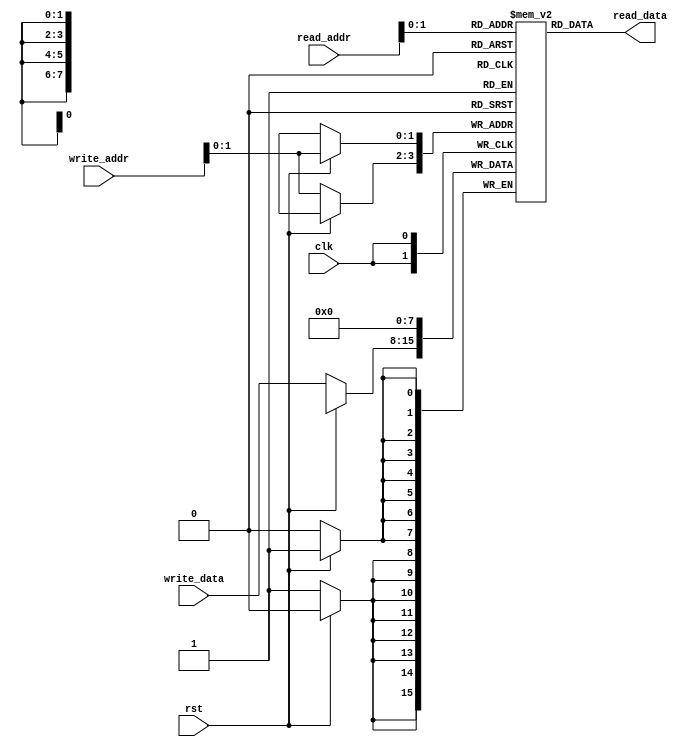
module Circular_Register_File (
  input wire clk,
  input wire rst,
  input wire [7:0] write_data,
  input wire [3:0] write_addr,
  input wire [3:0] read_addr,
  output reg [7:0] read_data
);

// Parameters
parameter DATA_WIDTH = 8;
parameter NUM_BLOCKS = 4;

// Internal memory array
reg [DATA_WIDTH-1:0] mem [0:NUM_BLOCKS-1];

// Write process
always @(posedge clk) begin
  if (rst) begin
    mem[write_addr] <= 8'b0;
  end else begin
    mem[write_addr] <= write_data;
  end
end

// Read process
always @(*) begin
  read_data = mem[read_addr];
end

endmodule